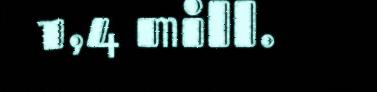
1,4 mill.